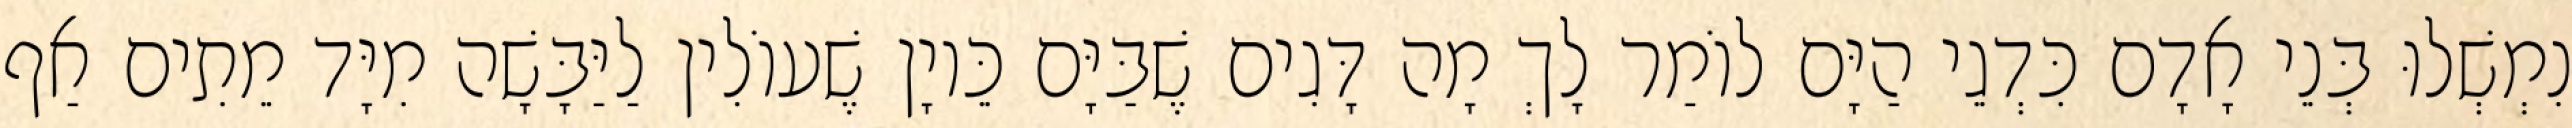
נִמְשְׁלוּ בְּנֵי אָדָם כִּדְגֵי הַיָּם לוֹמַר לָךְ מָה דָּגִים שֶׁבַּיָּם כֵּיוָן שֶׁעוֹלִין לַיַּבָּשָׁה מִיָּד מֵתִים אַף